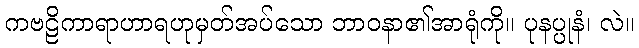
ကဗဠိကာရာဟာရဟုမှတ်အပ်သော ဘာဝနာ၏အာရုံကို။ ပုနပ္ပုနံ၊ လဲ။